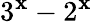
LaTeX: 3^{\mathbf{x}}-2^{\mathbf{x}}